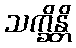
သက္ခိန္တိ